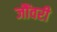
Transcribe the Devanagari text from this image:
जौंवरी